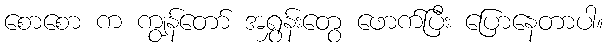
စောစော က ကျွန်တော် အရွှန်းတွေ ဖောက်ပြီး ပြောနေတာပါ။